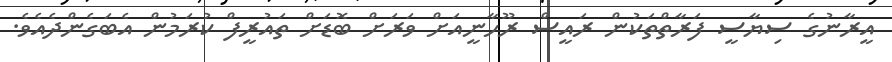
އީރާނުގެ ސިޔާސީ ފަރާތްތަކުން ރައީސް ރޫހާނީއަށް ވަރަށް ބޮޑަށް ތައުރީފް ކުރަމުން އެބަގެންދެއެވެ.